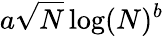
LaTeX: a\sqrt{N}\log(N)^{b}